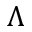
\Lambda